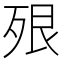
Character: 𣧾